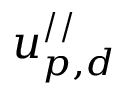
u _ { p , d } ^ { / / }